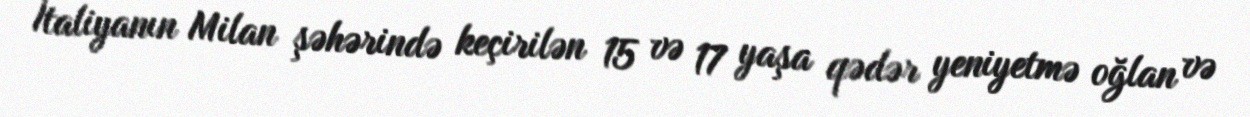
İtaliyanın Milan şəhərində keçirilən 15 və 17 yaşa qədər yeniyetmə oğlan və